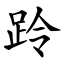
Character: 跉